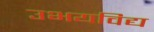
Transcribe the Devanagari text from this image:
उभयविद्य